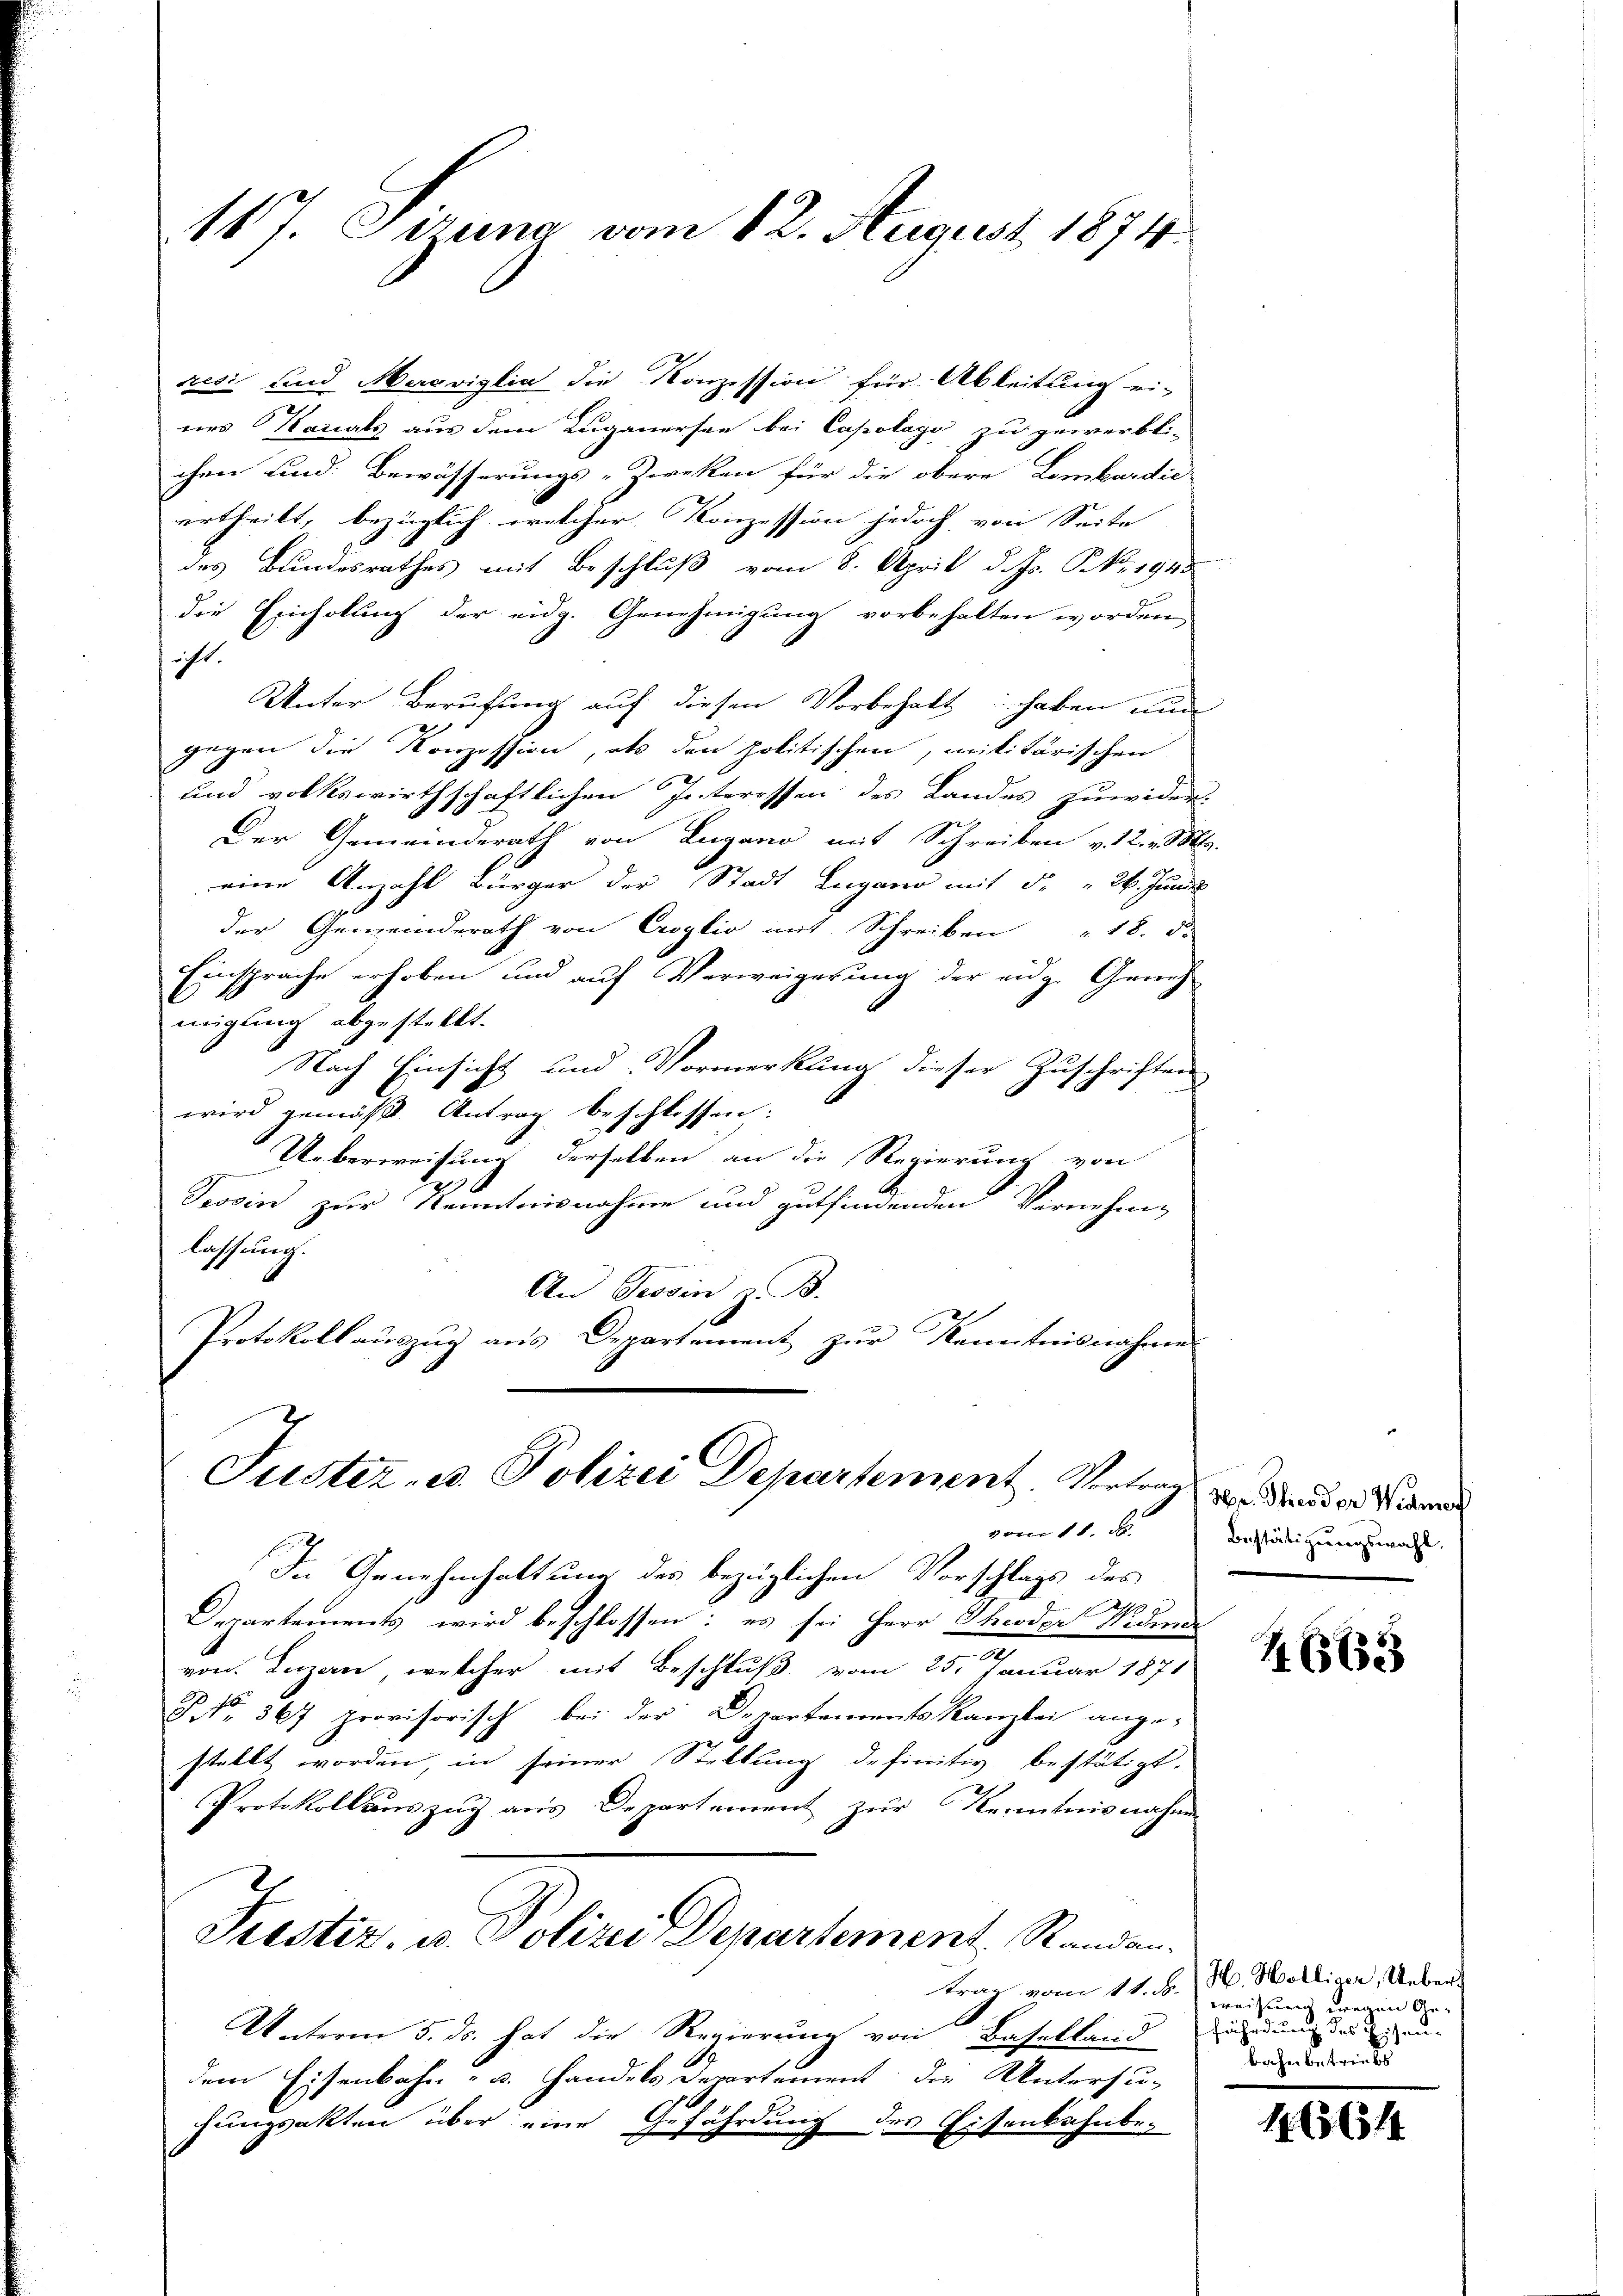
resi und Merowiglia die Konzession für Ableitung ei-
nes Kanals aus dem Luganersee bei Capolago zu gewerbti-
chen und Bewässerungs-Zweken für die obere Lombardie
urtheilt, bezüglich welcher Konzession jedoch von Seite
des Bundesrathes mit Beschluß vom 8. April d. Js. NNo. 1945
die Einholung der eidg. Genehmigung vorbehalten worden,
icht.
Unter Berufung auf diesen Vorbehalt haben nun
gegen die Konzession, als den politischen, militärischen
und volkswirthschaftlichen Interessen des Landes zuwider
Der Gemeinderath von Lugano mit Schreiben v. 12. v. M.
eine Anzahl Bürger der Stadt Lugano mit d. 26. Juni
der Gemeinderath von Croglio mit Schreiben " 18. d.
Einsprache erhoben und auf Verweigerung der eidg. Geneh
migung abgestellt.
Nach Einsicht und Vormerkung dieser Zuschriften
wird gemäßt. Antrag beschlossen:
Ueberweisung derselben an die Regierung von
Tessin zur Kenntnisnahme und gutfindenden Vernehm-
lassung.
An Tessin z. B.
Protokoll aŭszŭg ans Departement zŭr Kenntnisnahme

117. Ciruna vom 12. August 1874.

Justiz- u. Polizei Departement. Vortrag
vom 11. d

In Genehmhaltung des bezüglichen Vorschlags des
A
Departements wird beschlossen: es sei Herr Theoder Niden
von Luzan, welcher mit Beschluß vom 25. Januar 1871
P. Nr. 367 provisorisch bei der Departements Kanzlei angestellt worden, in seiner Stellung definitiv bestätigt.
Protokollauszug aus Departement zur Kenntnisnahme
Justiz, u. Polizei Departement, Randantrag vom 11. b.) H. Helliger, Ueber¬
Unterm 5. ds. hat die Regierung von Baselland erdunsteigen-
dem Eisenbahn - u. Handels Departement die Untersuhungsakten über eine Gefährdung des Eisenbahnbe¬

Hr. Theodor Widmer
Bestätigungswahl.

1663

weisung wegen Gebahn betriebs

165614